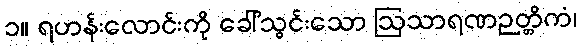
၁။ ရဟန်းလောင်းကို ခေါ်သွင်းသော ဩသာရဏဉတ္တိကံ၊